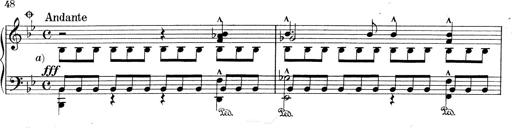
Title: RÃ©miniscences de Don Juan
Composer: Franz Liszt